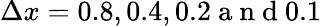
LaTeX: \Delta x=0.8,0.4,0.2\mathrm{~a~n~d~}0.1